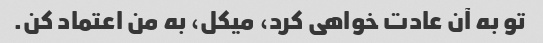
تو به آن عادت خواهی کرد، میکل، به من اعتماد کن.